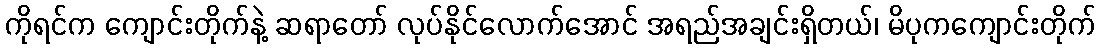
ကိုရင်က ကျောင်းတိုက်နဲ့ ဆရာတော် လုပ်နိုင်လောက်အောင် အရည်အချင်းရှိတယ်၊ မိပုကကျောင်းတိုက်